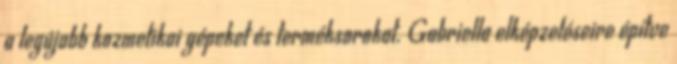
a legújabb kozmetikai gépeket és terméksorokat. Gabriella elképzeléseire építve